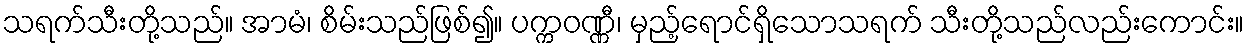
သရက်သီးတို့သည်။ အာမံ၊ စိမ်းသည်ဖြစ်၍။ ပက္ကဝဏ္ဏီ၊ မှည့်ရောင်ရှိသောသရက် သီးတို့သည်လည်းကောင်း။